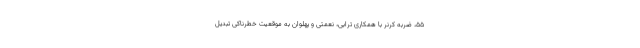
۵۵، ضربه کرنر با همکاری ترابی، نعمتی و پهلوان به موقعیت خطرناکی تبدیل